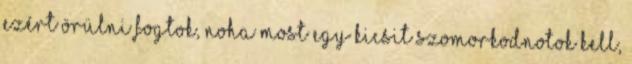
Ezért örülni fogtok, noha most egy kicsit szomorkodnotok kell,